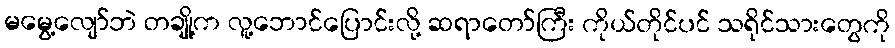
မမွေ့လျော်ဘဲ တချို့က လူ့ဘောင်ပြောင်းလို့ ဆရာတော်ကြီး ကိုယ်တိုင်ပင် သရိုင်သားတွေကို